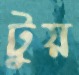
টুয়